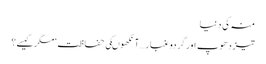
منہ کی دنیا
تیز دھوپ اورگردوغبار …آنکھوںکی حفاظت‘ مگرکیسے؟